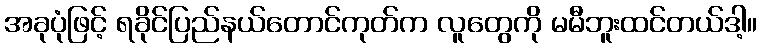
အခုပုံဖြင့် ရခိုင်ပြည်နယ်တောင်ကုတ်က လူတွေကို မမီဘူးထင်တယ်ဒါ့။